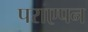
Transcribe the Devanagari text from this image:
पराएपन